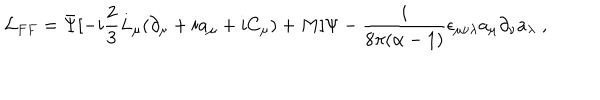
{ \cal L } _ { F F } = \bar { \Psi } [ - i \frac { 2 } { 3 } L _ { \mu } ( \partial _ { \mu } + i a _ { \mu } + i C _ { \mu } ) + M ] \Psi - \frac { i } { 8 \pi ( \alpha - 1 ) } \epsilon _ { \mu \nu \lambda } a _ { \mu } \partial _ { \nu } a _ { \lambda } \; ,